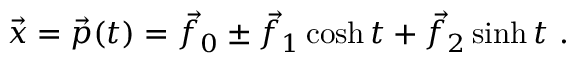
{ \vec { x } } = { \vec { p } } ( t ) = { \vec { f } } _ { 0 } \pm { \vec { f } } _ { 1 } \cosh t + { \vec { f } } _ { 2 } \sinh t \ .